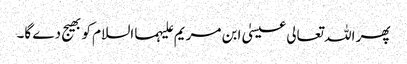
پھر اللہ تعالی عیسیٰ ابن مریم علیہما السلام کو بھیج دے گا۔